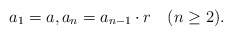
\begin{align*}a_1=a, a_n=a_{n-1}\cdot r \quad(n\geq2).\end{align*}